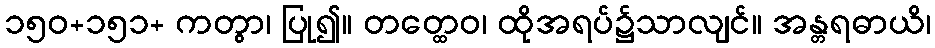
၁၅၀+၁၅၁+ ကတွာ၊ ပြု၍။ တတ္ထေဝ၊ ထိုအရပ်၌သာလျင်။ အန္တရဓာယိ၊